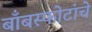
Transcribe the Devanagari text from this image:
बाँबस्फोटांचे